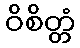
ဝိစိတ္တံ